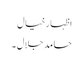
اظہارخیال
حامد جلال ۔